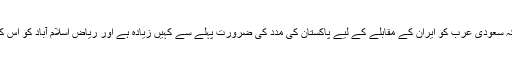
ایک سفارتی ذرائع نے بتایا کہ سعودی عرب کو ایران کے مقابلے کے لیے پاکستان کی مدد کی ضرورت پہلے سے کہیں زیادہ ہے اور ریاض اسلام آباد کو اس کے وعدے یاد دلانا چاہتا ہے۔